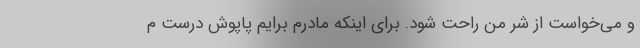
و می‌خواست از شر من راحت شود. برای اینکه مادرم برایم پاپوش درست م